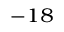
^ { - 1 8 }